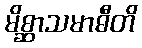
မိစ္ဆာသမာဓီတိ